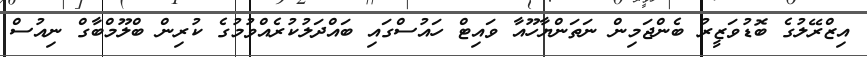
އިޒްރޭލުގެ ބޮޑުވަޒީރު ބެންޖަމިން ނަތަންޔާހޫއާ ވައިޓް ހައުސްގައި ބައްދަލުކުރެއްވުމުގެ ކުރިން ބްލޫމްބާގް ނިއުސް